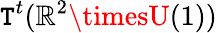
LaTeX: \mathtt{T}^{t}(\mathbb{{R}}^{2}\timesU(1))